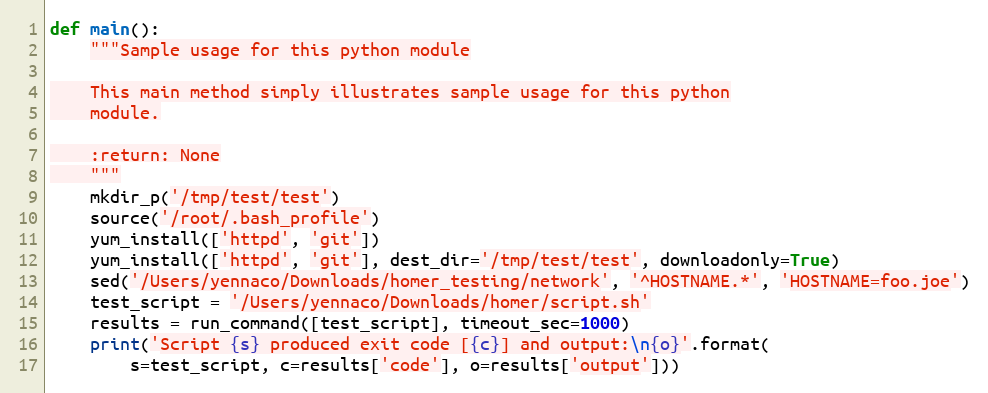
Language: Python
def main():
    """Sample usage for this python module

    This main method simply illustrates sample usage for this python
    module.

    :return: None
    """
    mkdir_p('/tmp/test/test')
    source('/root/.bash_profile')
    yum_install(['httpd', 'git'])
    yum_install(['httpd', 'git'], dest_dir='/tmp/test/test', downloadonly=True)
    sed('/Users/yennaco/Downloads/homer_testing/network', '^HOSTNAME.*', 'HOSTNAME=foo.joe')
    test_script = '/Users/yennaco/Downloads/homer/script.sh'
    results = run_command([test_script], timeout_sec=1000)
    print('Script {s} produced exit code [{c}] and output:\n{o}'.format(
        s=test_script, c=results['code'], o=results['output']))